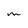
Character: M